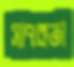
সাপকতা